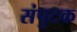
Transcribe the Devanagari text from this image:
संपुटक